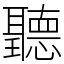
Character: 聽